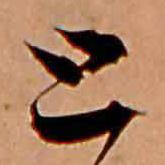
と